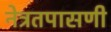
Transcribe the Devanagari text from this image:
नेत्रतपासणी